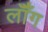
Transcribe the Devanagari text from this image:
लॉँग